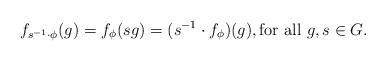
LaTeX: \begin{align*}f_{s^{-1} \cdot \phi}(g) = f_\phi(sg) = (s^{-1} \cdot f_\phi)(g), \textrm{for all $g,s \in G$}.\end{align*}